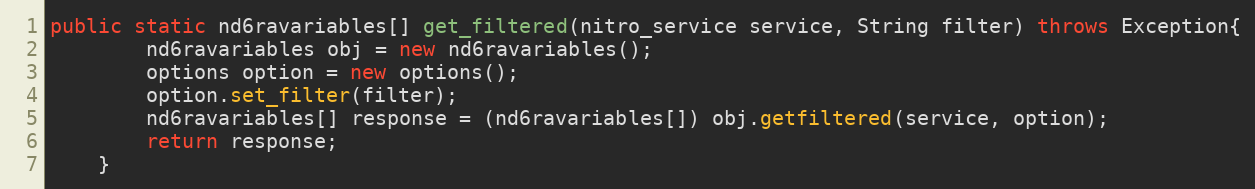
Language: Java
public static nd6ravariables[] get_filtered(nitro_service service, String filter) throws Exception{
		nd6ravariables obj = new nd6ravariables();
		options option = new options();
		option.set_filter(filter);
		nd6ravariables[] response = (nd6ravariables[]) obj.getfiltered(service, option);
		return response;
	}